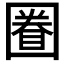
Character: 𡈕